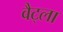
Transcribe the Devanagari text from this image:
वैट्ला